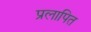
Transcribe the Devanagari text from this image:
प्रलापित